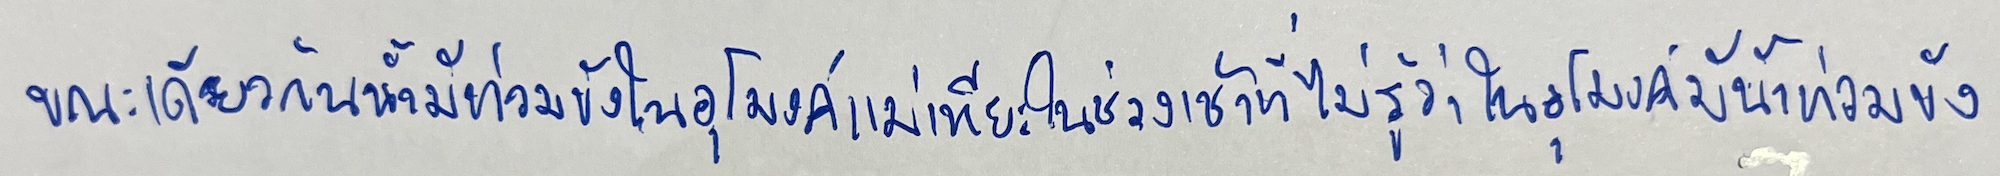
ขณะเดียวกันน้ำมีท่วมขังในอุโมงค์แม่เหียะในช่วงเช้าที่ไม่รู้ว่าในอุโมงค์มีน้ำท่วมขัง